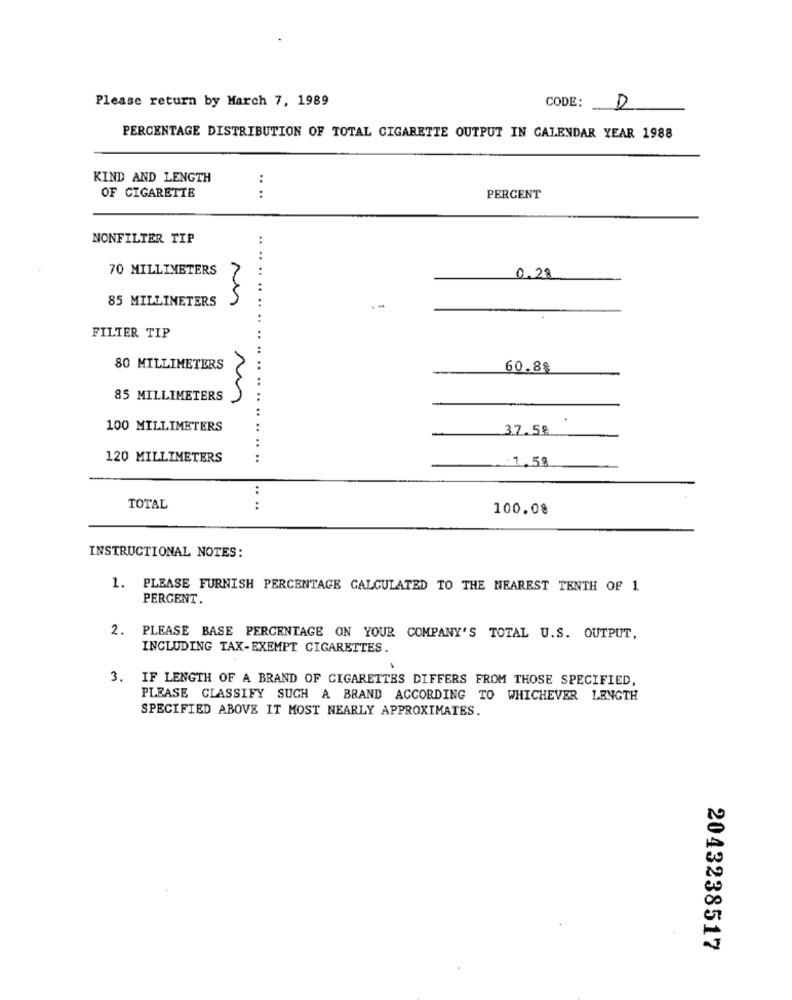
Please return by March 7, 1989
CODE:
D
PERCENTAGE DISTRIBUTION OF TOTAL CIGARETTE OUTPUT IN CALENDAR YEAR 1988
KIND AND LENGTH
:
OF CIGARETTE
:
PERCENT
NONFILTER TIP
....
70 MILLIMETERS
0.28
85 MILLIMETERS
5
.. .. ....
FILTER TIP
..
80 MILLIMETERS
.. ..
60.88
85 MILLIMETERS
100 MILLIMETERS
37.58
120 MILLIMETERS
.... .. ......
:
TOTAL
:
100.0%
INSTRUCTIONAL NOTES:
1. PLEASE FURNISH PERCENTAGE CALCULATED TO THE NEAREST TENTH OF 1
PERGENT.
2. PLEASE BASE PERCENTAGE ON YOUR COMPANY'S TOTAL U.S. OUTPUT,
INCLUDING TAX-EXEMPT CIGARETTES.
.
3. IF LENGTH OF A BRAND OF CIGARETTES DIFFERS FROM THOSE SPECIFIED,
PLEASE CLASSIFY SUCH A BRAND ACCORDING TO WHICHEVER LENGTH
SPECIFIED ABOVE IT MOST NEARLY APPROXIMATES.
2043238517